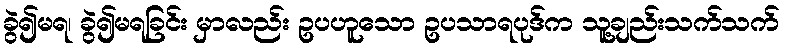
ခွဲ၍မရ၊ ခွဲ၍မရခြင်း မှာလည်း ဥပဟူသော ဥပသာရပုဒ်က သူ့ချည်းသက်သက်